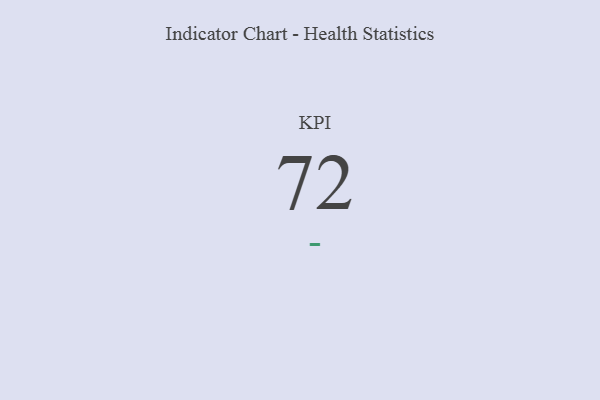
{"axis": {"x": "KPI", "y": "Value"}, "legend": [""], "data": [{"x": "KPI", "y": 72, "type": ""}]}